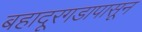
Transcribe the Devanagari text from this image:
बहादूरगडापासून